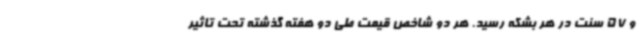
و 57 سنت در هر بشکه رسید. هر دو شاخص قیمت طی دو هفته گذشته تحت تاثیر